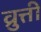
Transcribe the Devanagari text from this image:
व्रुत्ती